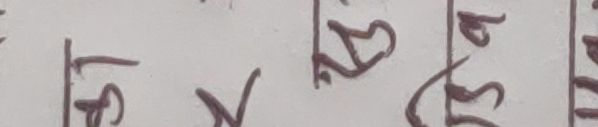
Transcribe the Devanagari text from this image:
इ २ ४ ७
५ ३